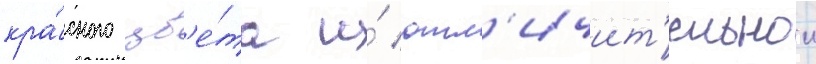
кра́сного цв'е́та и́ отл'ичит'ельнои